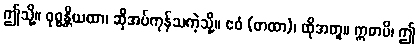
ဤသို့။ ဝုစ္စန္တိယထာ၊ ဆိုအပ်ကုန်သကဲ့သို့။ ဧဝံ (တထာ)၊ ထိုအတူ။ ဣဓာပိ၊ ဤ